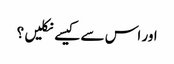
اور اس سے کیسے نکلیں ؟